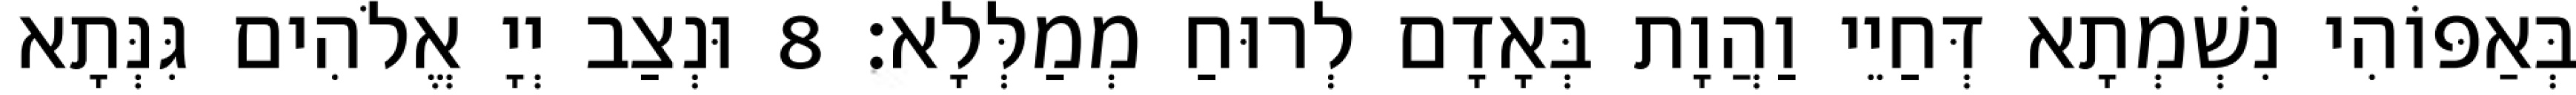
בְּאַפּוֹהִי נִשְׁמְתָא דְּחַיֵי וַהֲוָת בְּאָדָם לְרוּחַ מְמַלְּלָא׃ 8 וּנְצַב יְיָ אֱלֹהִים גִּנְּתָא